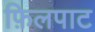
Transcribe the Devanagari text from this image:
फ़िलपाट